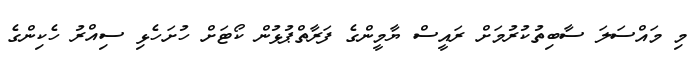
މި މައްސަލަ ސާބިތުކުރުމަށް ރައީސް ޔާމީންގެ ފަރާތްޕުޅުން ކޯޓަށް ހުށަހެޅި ސިއްރު ހެކިންގެ